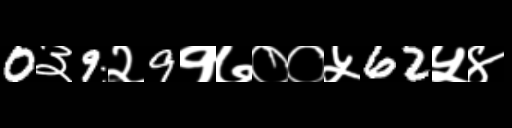
Text: 0३9२9१७००५62५४